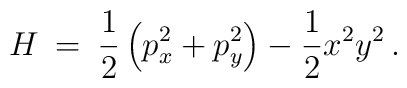
H \: = \: \frac{1}{2}\left( p_x^2+p_y^2\right) -\frac{1}{2}x^2 y^2\, .